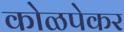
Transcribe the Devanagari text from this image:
कोळपेकर